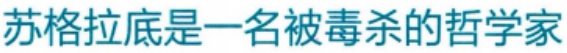
苏格拉底是一名被毒杀的哲学家